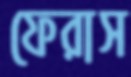
ফেরাস